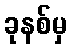
ခုနစ်မှ